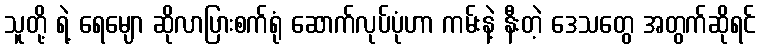
သူတို့ ရဲ့ ရေမျော ဆိုလာပြားစက်ရုံ ဆောက်လုပ်ပုံဟာ ကမ်းနဲ့ နီးတဲ့ ဒေသတွေ အတွက်ဆိုရင်